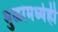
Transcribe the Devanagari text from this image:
मुळांमध्येही